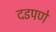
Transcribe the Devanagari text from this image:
दडपणे